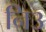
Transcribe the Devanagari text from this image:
नि३